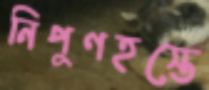
নিপুণহস্তে